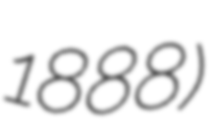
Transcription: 1888)